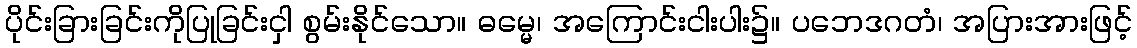
ပိုင်းခြားခြင်းကိုပြုခြင်းငှါ စွမ်းနိုင်သော။ ဓမ္မေ၊ အကြောင်းငါးပါး၌။ ပဘေဒဂတံ၊ အပြားအားဖြင့်